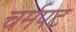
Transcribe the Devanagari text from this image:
चर्मपट